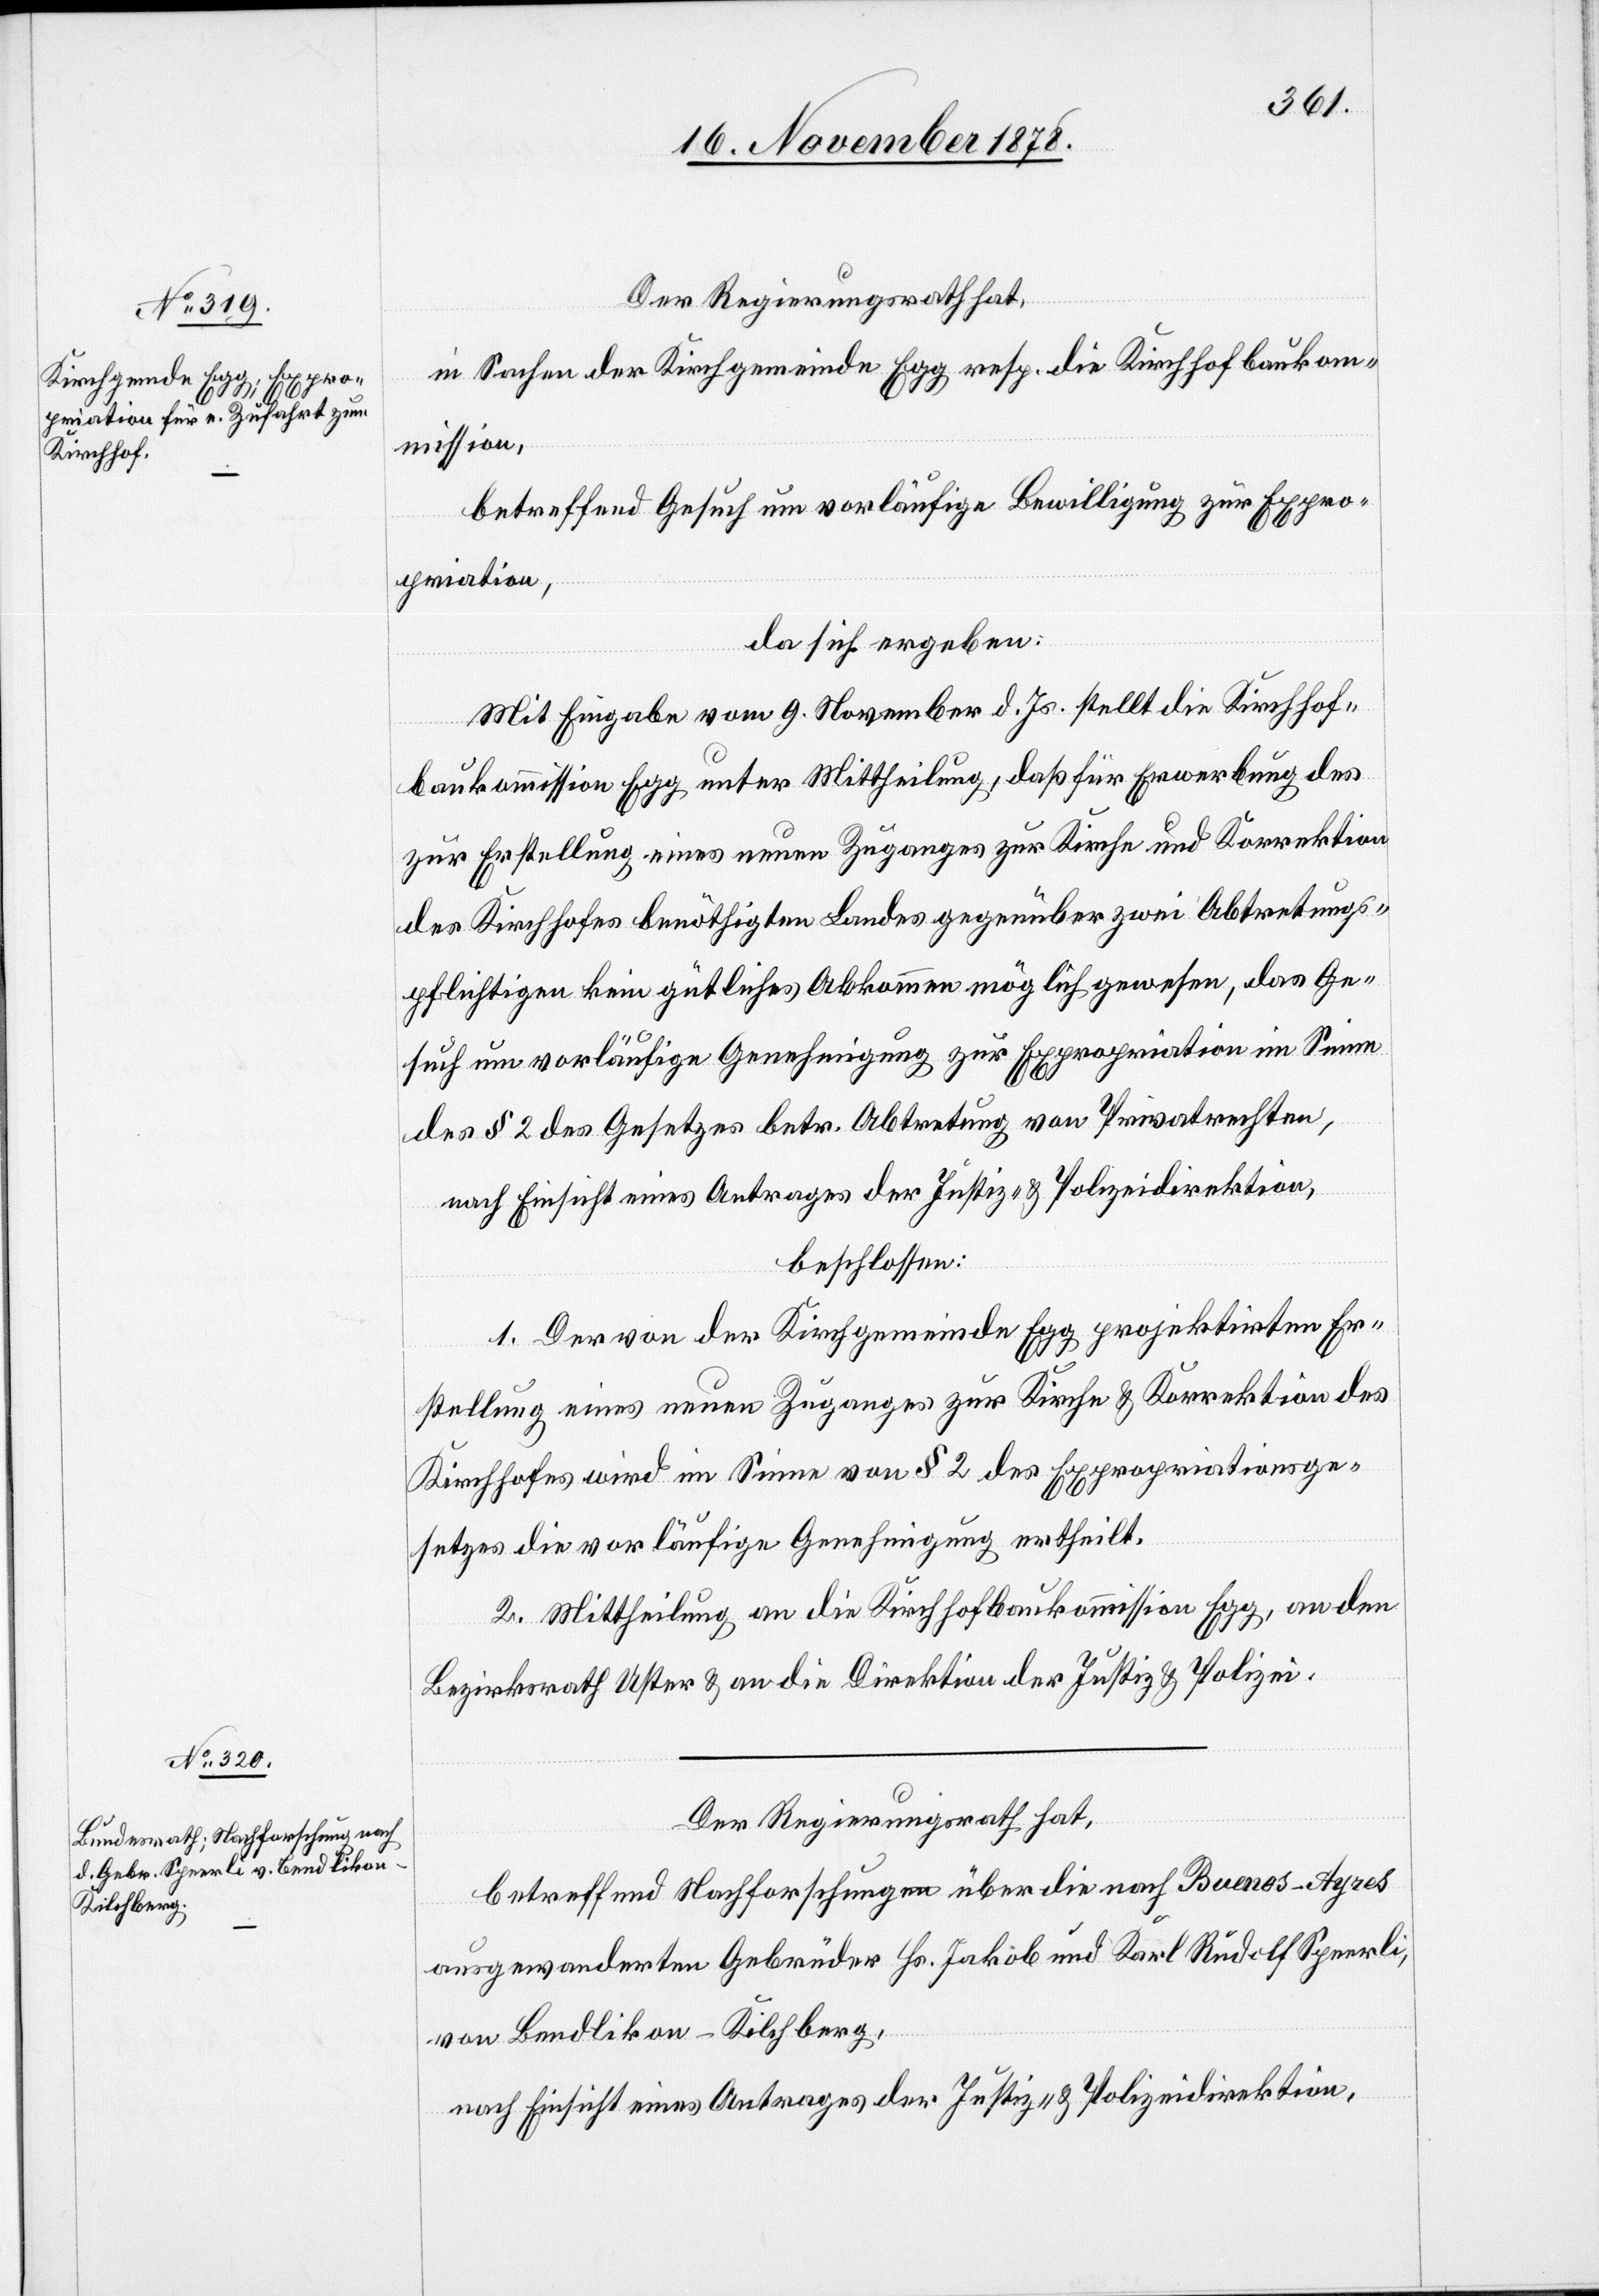
Der Regierungsrath hat,
in Sachen der Kirchgemeinde Egg resp. die Kirchhofbaukom¬
mission,
betreffend Gesuch um vorläufige Bewilligung zur Expro¬
priation,
da sich ergeben:
Mit Eingabe vom 9. November d. Js. stellt die Kirchhof¬
baukommission Egg unter Mittheilung, daß für Erwerbung des
zur Erstellung eines neuen Zuganges zur Kirche und Korrektion
des Kirchhofes benöthigten Landes gegenüber zwei Abtretungs¬
pflichtigen kein gütliches Abkommen möglich gewesen, das Ge¬
such um vorläufige Genehmigung zur Expropriation im Sinne
des § 2 des Gesetzes betr. Abtretung von Privatrechten,
nach Einsicht eines Antrages der Justiz- & Polizeidirektion,
beschlossen:
1. Der von der Kirchgemeinde Egg projektirten Er¬
stellung eines neuen Zuganges zur Kirche & Korrektion des
Kirchhofes wird im Sinne von § 2 des Expropriationsge¬
setzes die vorläufige Genehmigung ertheilt.
2. Mittheilung an die Kirchhofbaukommission Egg, an den
Bezirksrath Uster & an die Direktion der Justiz & Polizei.
Der Regierungsrath hat,
betreffend Nachforschungen über die nach Buenos-Ayres
ausgewanderten Gebrüder Hs. Jakob und Karl Rudolf Speerli,
von Bendlikon - Kilchberg,
nach Einsicht eines Antrages der Justiz- & Polizeidirektion,